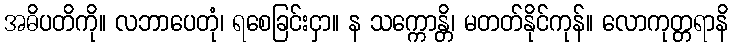
အဓိပတိကို။ လဘာပေတုံ၊ ရစေခြင်းငှာ။ န သက္ကောန္တိ၊ မတတ်နိုင်ကုန်။ လောကုတ္တရာနိ